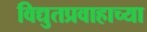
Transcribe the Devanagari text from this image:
विद्युतप्रवाहाच्या